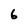
Character: 6